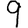
Digit: 9